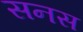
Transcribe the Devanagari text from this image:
सनस